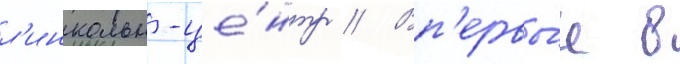
л'инкольн-це́нтр // Вп'ервы́е в